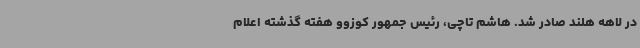
در لاهه هلند صادر شد. هاشم تاچی، رئیس جمهور کوزوو هفته گذشته اعلام